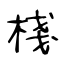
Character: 棧